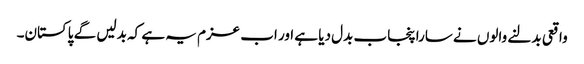
واقعی بدلنے والوں نے سارا پنجاب بدل دیا ہے اور اب عزم یہ ہے کہ بدلیں گے پاکستان۔